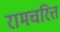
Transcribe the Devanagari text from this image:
रामचरित्त